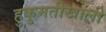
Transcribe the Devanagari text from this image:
हुकुमतीखाली